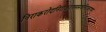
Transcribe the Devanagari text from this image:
निराकरोदनिराकरणमस्त्वनिराकरणम्